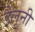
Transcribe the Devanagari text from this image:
डैलूनी